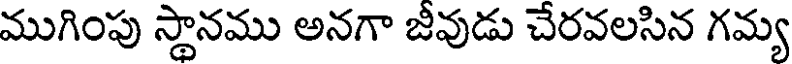
ముగింపు స్థానము అనగా జీవుడు చేరవలసిన గమ్య